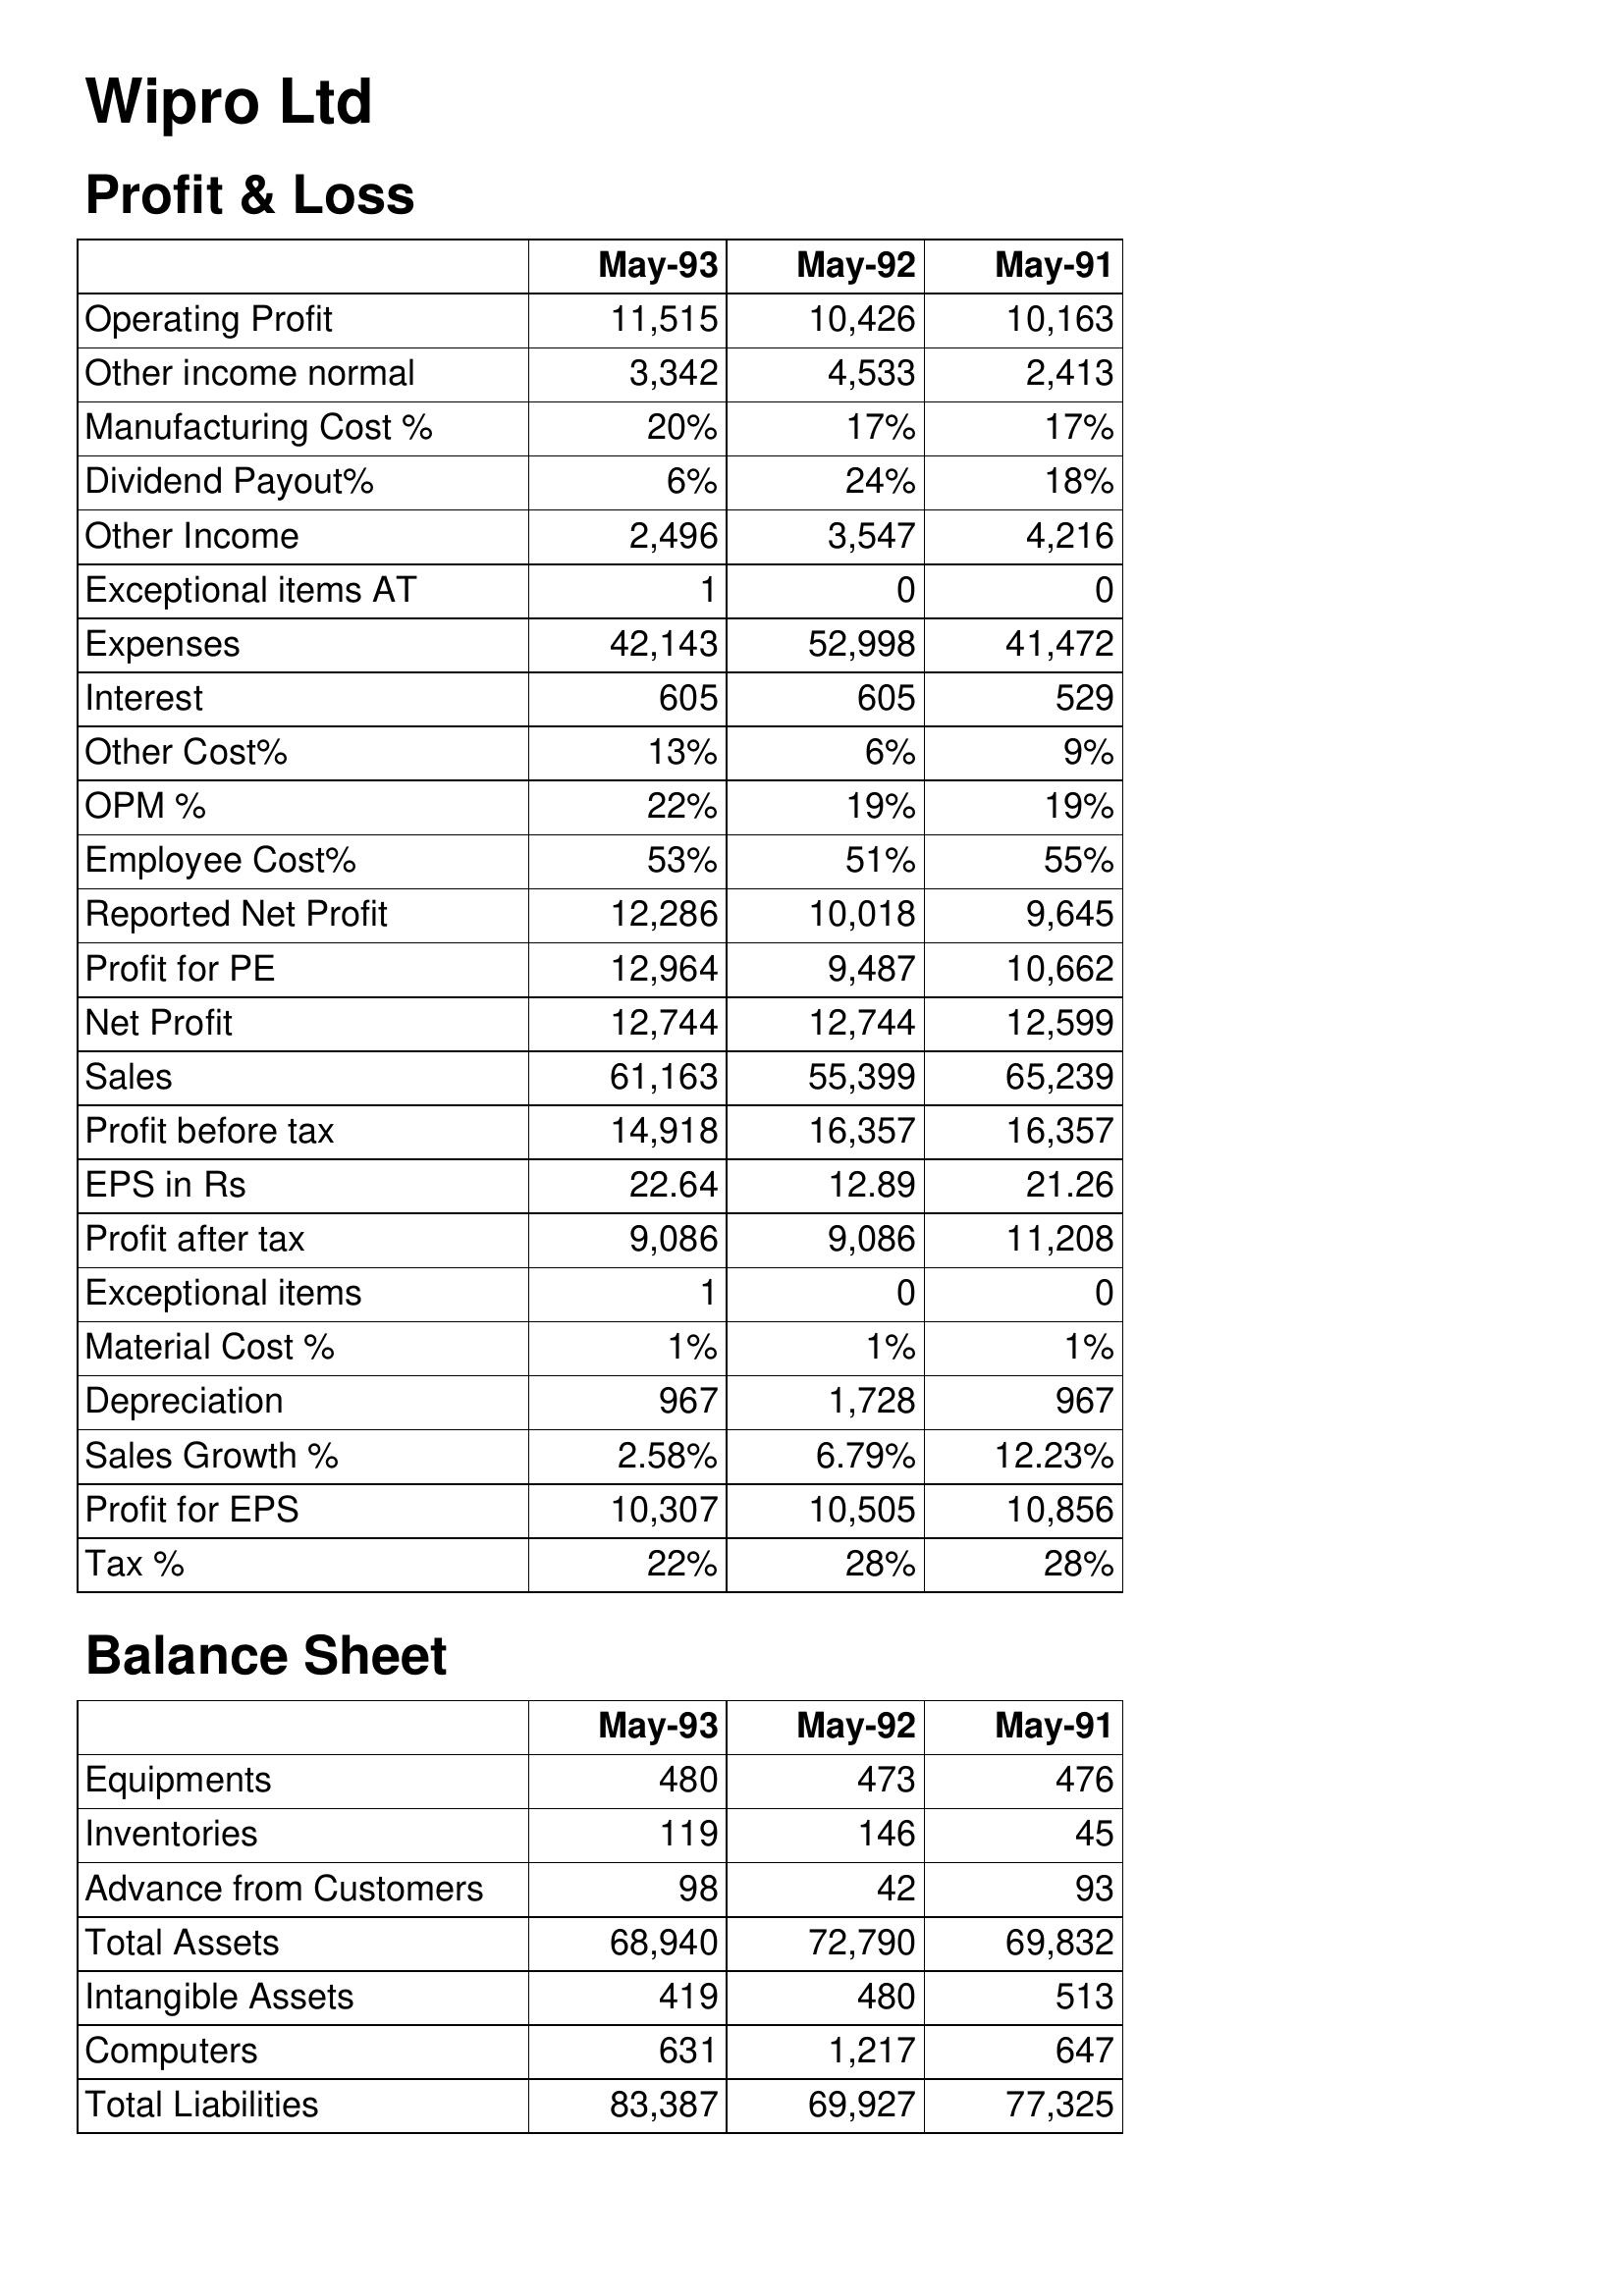
May-93: Profit & Loss: Operating Profit: 11,515
Other income normal: 3,342
Manufacturing Cost %: 20%
Dividend Payout%: 6%
Other Income: 2,496
Exceptional items AT: 1
Expenses: 42,143
Interest: 605
Other Cost%: 13%
OPM %: 22%
Employee Cost%: 53%
Reported Net Profit: 12,286
Profit for PE: 12,964
Net Profit: 12,744
Sales: 61,163
Profit before tax: 14,918
EPS in Rs: 22.64
Profit after tax: 9,086
Exceptional items: 1
Material Cost %: 1%
Depreciation: 967
Sales Growth %: 2.58%
Profit for EPS: 10,307
Tax %: 22%
Balance Sheet: Equipments: 480
Inventories: 119
Advance from Customers: 98
Total Assets: 68,940
Intangible Assets: 419
Computers: 631
Total Liabilities: 83,387
May-92: Profit & Loss: Operating Profit: 10,426
Other income normal: 4,533
Manufacturing Cost %: 17%
Dividend Payout%: 24%
Other Income: 3,547
Exceptional items AT: 0
Expenses: 52,998
Interest: 605
Other Cost%: 6%
OPM %: 19%
Employee Cost%: 51%
Reported Net Profit: 10,018
Profit for PE: 9,487
Net Profit: 12,744
Sales: 55,399
Profit before tax: 16,357
EPS in Rs: 12.89
Profit after tax: 9,086
Exceptional items: 0
Material Cost %: 1%
Depreciation: 1,728
Sales Growth %: 6.79%
Profit for EPS: 10,505
Tax %: 28%
Balance Sheet: Equipments: 473
Inventories: 146
Advance from Customers: 42
Total Assets: 72,790
Intangible Assets: 480
Computers: 1,217
Total Liabilities: 69,927
May-91: Profit & Loss: Operating Profit: 10,163
Other income normal: 2,413
Manufacturing Cost %: 17%
Dividend Payout%: 18%
Other Income: 4,216
Exceptional items AT: 0
Expenses: 41,472
Interest: 529
Other Cost%: 9%
OPM %: 19%
Employee Cost%: 55%
Reported Net Profit: 9,645
Profit for PE: 10,662
Net Profit: 12,599
Sales: 65,239
Profit before tax: 16,357
EPS in Rs: 21.26
Profit after tax: 11,208
Exceptional items: 0
Material Cost %: 1%
Depreciation: 967
Sales Growth %: 12.23%
Profit for EPS: 10,856
Tax %: 28%
Balance Sheet: Equipments: 476
Inventories: 45
Advance from Customers: 93
Total Assets: 69,832
Intangible Assets: 513
Computers: 647
Total Liabilities: 77,325